Indian journal of veterinary science and animal husbandry - Volumes 15-17, 1948-1951
Year: 1948
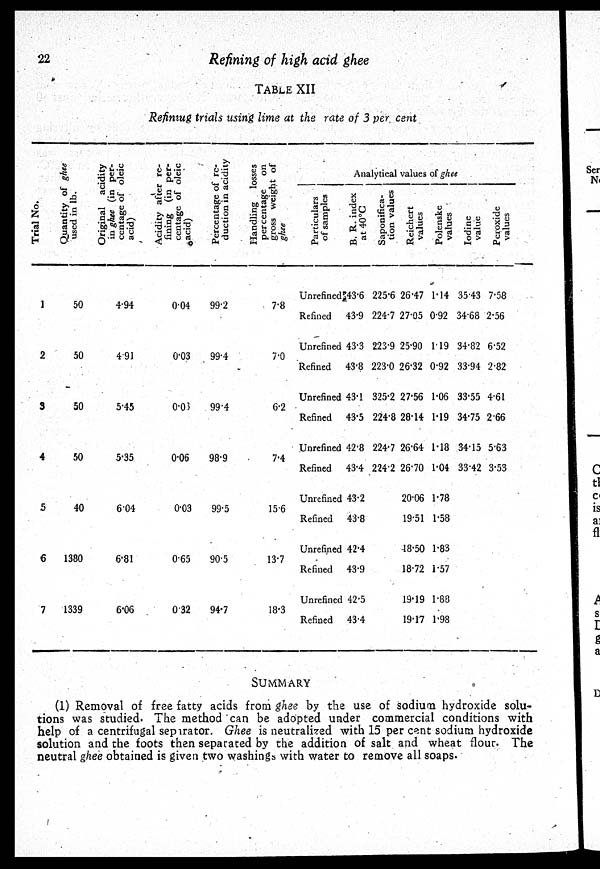
22
Refining of high acid ghee
TABLE XII
Refiniug trials using lime at the rate of 3 per cent
Trial No.
1
2
3
4
5
6
7
Quantity of ghee
used in lb.
50
50
50
50
40
1380
1339
Original acidity
in ghee (in per-
centage of oleic
acid)
4.94
4.91
5.45
5.35
6.04
6.81
6.06
Acidity after re-
fining (in per-
centage of oleic
acid)
0.04
0.03
0.03
0.06
0.03
0.65
0.32
Percentage of re-
duction in acidity
99.2
99.4
99.4
98.9
99.5
90.5
94.7
Handling losses
percentage on
gross weight of
ghee
7.8
7.0
6.2
7.4
15.6
13.7
18.3
Analytical
values of ghee
Particulars
of samples
Unrefined
Refined
Unrefined
Refined
Unrefined
Refined
Unrefined
Refined
Unrefined
Refined
Unrefined
Refined
Unrefined
Refined
B. R. index
at 40°C
43.6
43.9
43.3
43.8
43.1
43.5
42.8
43.4
43.2
43.8
42.4
43.9
42.5
43.4
Saponifica-
tion values
225.6
224.7
223.9
223.0
325.2
224.8
224.7
224.2
Reichert
values
26.47
27.05
25.90
26.32
27.56
28.14
26.64
26.70
20.06
19.51
48.50
18.72
19.19
19.17
Polenske
values
1.14
0.92
1.19
0.92
1.06
1.19
1.18
1.04
1.78
1.58
1.83
1.57
1.88
1.98
Iodine
value
35.43
34.68
34.82
33.94
33.55
34.75
34.15
33.42
Peroxide
values
7.58
2.56
6.52
2.82
4.61
2.66
5.63
3.53
SUMMARY
(1) Removal of free fatty acids from ghee by the use of sodium hydroxide solu-
tions was studied. The method can be adopted under commercial conditions with
help of a centrifugal separator. Ghee is neutralized with 15 per cent sodium hydroxide
solution and the foots then separated by the addition of salt and wheat flour. The
neutral ghee obtained is given two washings with water to remove all soaps.